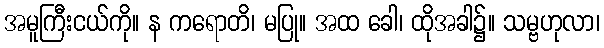
အမူကြီးငယ်ကို။ န ကရောတိ၊ မပြု။ အထ ခေါ၊ ထိုအခါ၌။ သမ္ဗဟုလာ၊